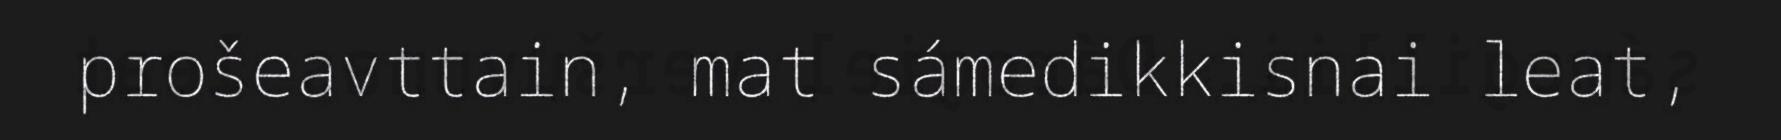
prošeavttain, mat sámedikkisnai leat,